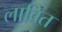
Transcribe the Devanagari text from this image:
लावित